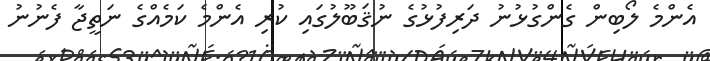
އެންމެ ލޯބިން ގެންގުޅުނު ދަރިފުޅުގެ ނުޤަބޫލުގައި ކުރި އެންމެ ކަމެއްގެ ނަތީޖާ ފެނުނު